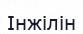
Інжілін